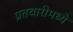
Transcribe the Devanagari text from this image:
प्रतवारीमध्ये